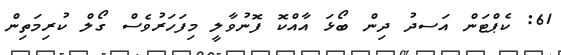
61: ކެޕްޓަން އަސދު ދިން ބޯޅަ އާއްކޮ ފޮނުވާލީ މިފަހަރުވެސް ގޯލް ކުރިމަތިން